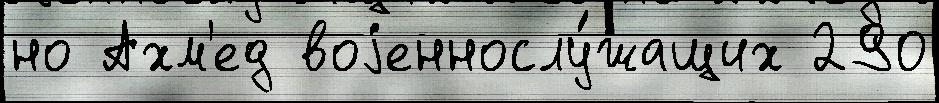
но Ахм'ед воjеннослу́жащих 290